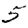
Digit: 5